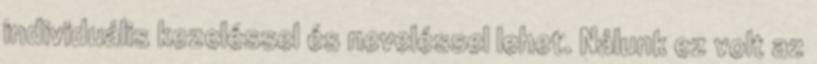
individuális kezeléssel és neveléssel lehet. Nálunk ez volt az